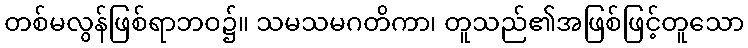
တစ်မလွန်ဖြစ်ရာဘဝ၌။ သမသမဂတိကာ၊ တူသည်၏အဖြစ်ဖြင့်တူသော